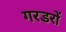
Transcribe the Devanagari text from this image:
गरडरों